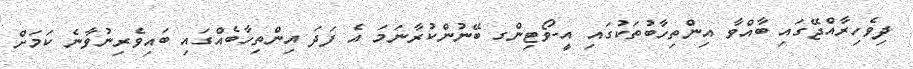
ދިވެހިރާއްޖޭގައި ބާއްވާ އިންތިހާބުތަކުގައި އީ-ވޯޓިންގ ބޭނުންކުރާނަމަ އެ ފަދަ އިންތިހާބެއްގައި ބައިވެރިނުވާނެ ކަމަށް